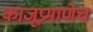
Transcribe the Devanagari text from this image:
काजूप्रमाणेच